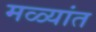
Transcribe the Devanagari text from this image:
मळ्यांत